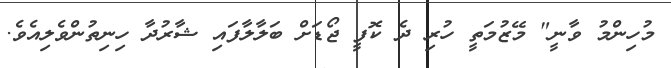
މުހިންމު ވާނީ" މޭޒުމަތީ ހުރި ދެ ކޮފީ ޖޯޑަށް ބަލާލާފައި ޝާރުދާ ހިނިތުންވެލިއެވެ.